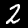
Label: 2